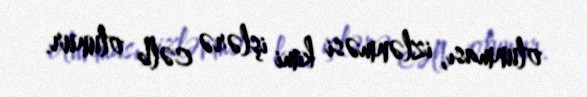
olunması, izlənməsi kimi işlərə cəlb olunur.